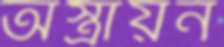
অস্ত্রায়ন